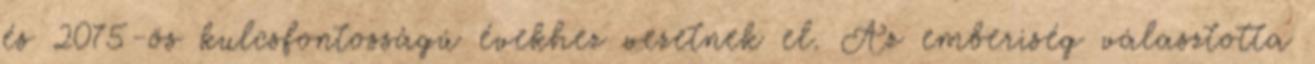
és 2075-ös kulcsfontosságú évekhez vezetnek el. Az emberiség választotta